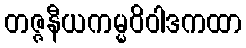
တဇ္ဇနီယကမ္မဝိဝါဒကထာ